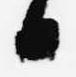
日